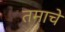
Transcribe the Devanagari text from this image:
तमाचे